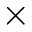
\times